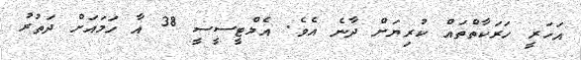
އަހަރީ ހަރަކާތްތައް ކުރިޔަށް ދާނެ އެވެ. އެމްޓީސީސީ 38 އާ ހަމައަށް ދަތުރު